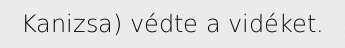
Kanizsa) védte a vidéket.